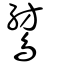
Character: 鶭